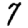
Digit: 7